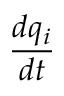
\frac { d q _ { i } } { d t }